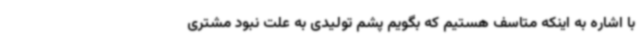
با اشاره به اینکه متاسف هستیم که بگویم پشم تولیدی به علت نبود مشتری